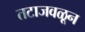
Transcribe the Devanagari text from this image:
तटाजवळून